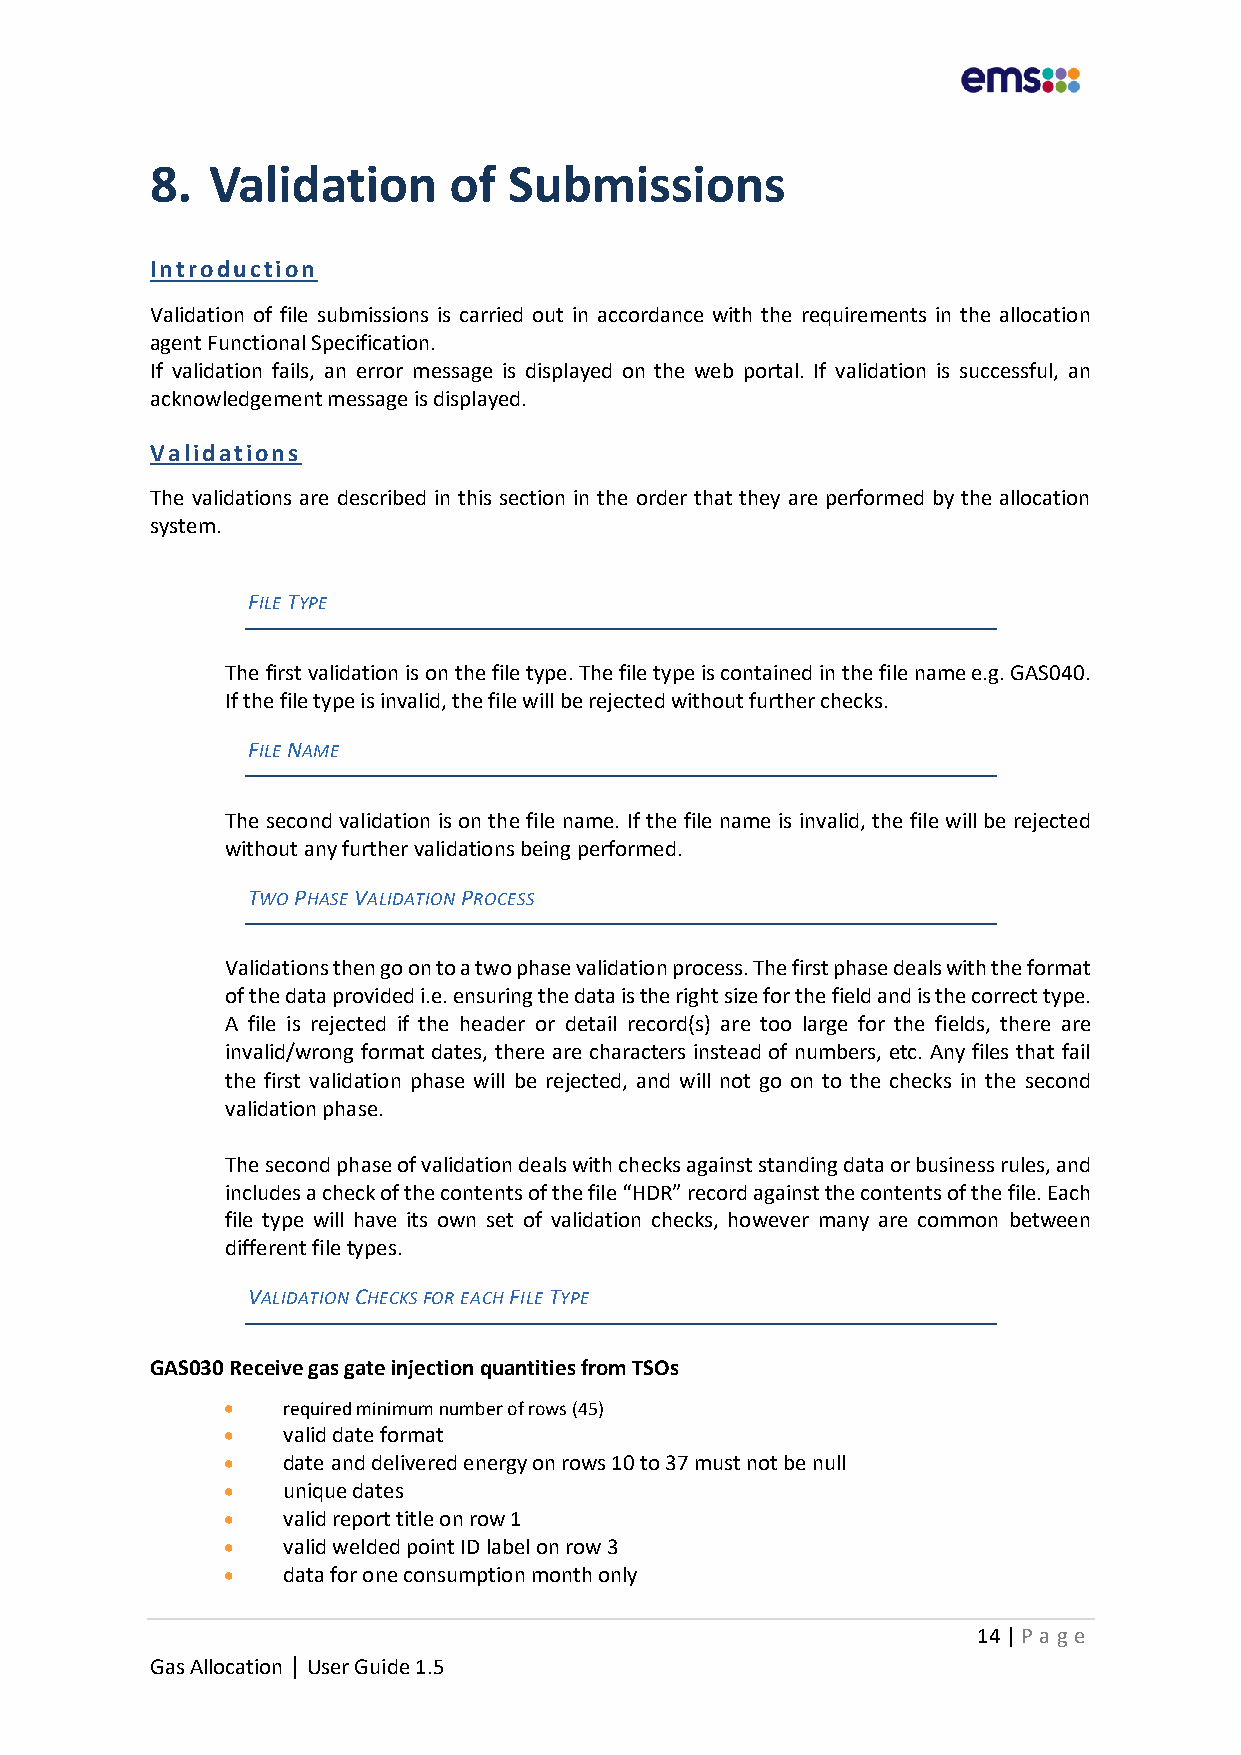
8.  Validation      of  Submissions
 Introduction
 Validation of file submissions is carried out in accordance with the requirements in the allocation
 agent Functional Specification.
 If validation fails, an error message is displayed on the web portal. If validation is successful, an
 acknowledgement message is displayed.
 Validations
 The validations are described in this section in the order that they are performed by the allocation
 system.
 FILE TYPE
 The first validation is on the file type. The file type is contained in the file name e.g. GAS040.
 If the file type is invalid, the file will be rejected without further checks.
 FILE NAME
 The second validation is on the file name. If the file name is invalid, the file will be rejected
 without any further validations being performed.
 TWO PHASE VALIDATION PROCESS
 Validations then go on to a two phase validation process. The first phase deals with the format
 of the data provided i.e. ensuring the data is the right size for the field and is the correct type.
 A file is rejected if the header or detail record(s) are too large for the fields, there are
 invalid/wrong format dates, there are characters instead of numbers, etc. Any files that fail
 the first validation phase will be rejected, and will not go on to the checks in the second
 validation phase.
 The second phase of validation deals with checks against standing data or business rules, and
 includes a check of the contents of the file “HDR” record against the contents of the file. Each
 file type will have its own set of validation checks, however many are common between
 different file types.
 VALIDATION CHECKS FOR EACH FILE TYPE
 GAS030 Receive gas gate injection quantities from TSOs
 •   required minimum number of rows (45)
 •   valid date format
 •   date and delivered energy on rows 10 to 37 must not be null
 •   unique dates
 •   valid report title on row 1
 •   valid welded point ID label on row 3
 •   data for one consumption month only
 14 | P age
 Gas Allocation | User Guide 1.5